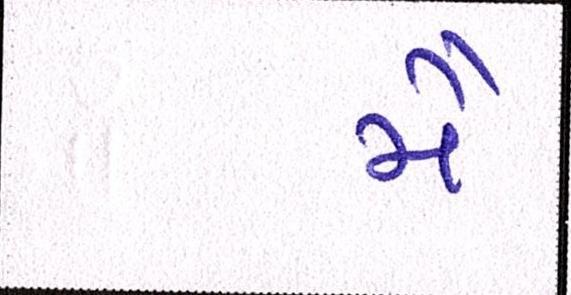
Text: મૈં